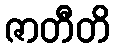
ဇာတီတိ